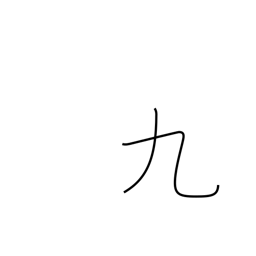
Meaning: nine